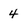
Character: 4